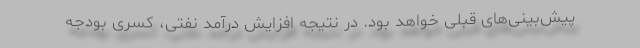
پیش‌بینی‌های قبلی خواهد بود. در نتیجه افزایش درآمد نفتی، کسری بودجه